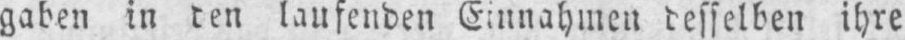
gaben in den laufenden Einnahmen desselben ihre